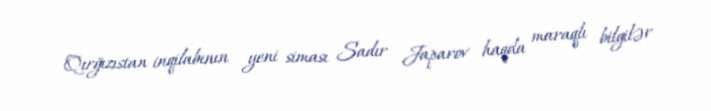
Qırğızıstan inqilabının yeni siması Sadır Japarov haqda maraqlı bilgilər